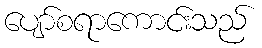
ပျော်စရာကောင်းသည်